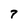
Character: 7